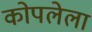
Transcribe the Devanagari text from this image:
कोपलेला